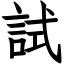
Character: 試